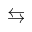
\leftrightarrows